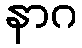
နာဂ